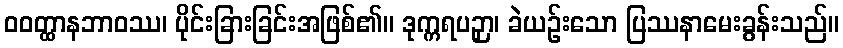
ဝဝတ္ထာနဘာဝဿ၊ ပိုင်းခြားခြင်းအဖြစ်၏။ ဒုက္ကရပဉှာ၊ ခဲယဉ်းသော ပြဿနာမေးခွန်းသည်။